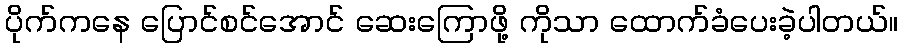
ပိုက်ကနေ ပြောင်စင်အောင် ဆေးကြောဖို့ ကိုသာ ထောက်ခံပေးခဲ့ပါတယ်။